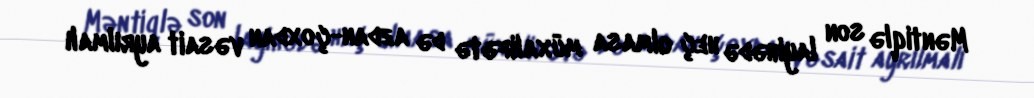
Məntiqlə son layihədə heç olmasa müxalifətə də azdan-çoxdan vəsait ayrılmalı